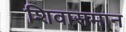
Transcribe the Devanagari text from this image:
शिवासमान